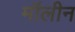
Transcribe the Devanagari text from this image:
मॉलीन